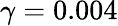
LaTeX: \gamma=0.004